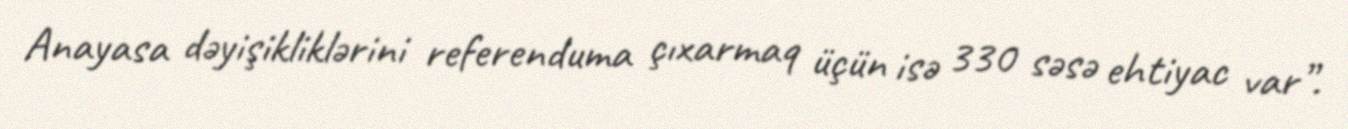
Anayasa dəyişikliklərini referenduma çıxarmaq üçün isə 330 səsə ehtiyac var”.